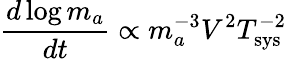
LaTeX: \frac{d\log m_{a}}{dt}\propto m_{a}^{-3}V^{2}T_{\mathrm{sys}}^{-2}